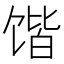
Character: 𲋨